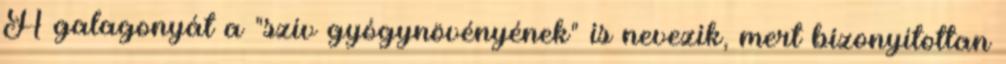
A galagonyát a "szív gyógynövényének" is nevezik, mert bizonyítottan